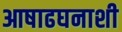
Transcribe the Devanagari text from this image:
आषाढघनाशी